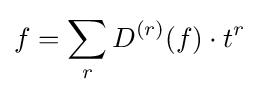
f=\sum _{r}D^{(r)}(f)\cdot t^{r}\